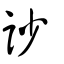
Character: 訬